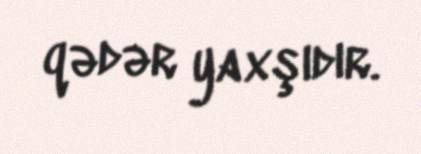
qədər yaxşıdır.